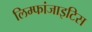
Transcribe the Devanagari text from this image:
लिम्फांजाइटिस